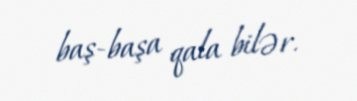
baş-başa qala bilər.